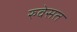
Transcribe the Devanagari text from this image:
रुवेसत